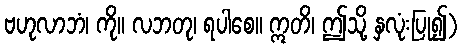
ဗဟုလာဘံ၊ ကို။ လဘတု၊ ရပါစေ။ ဣတိ၊ ဤသို့ နှလုံးပြု၍)